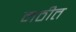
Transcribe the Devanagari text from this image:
मठीत